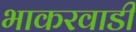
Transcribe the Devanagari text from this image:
भाकरवाडी